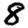
Digit: 8